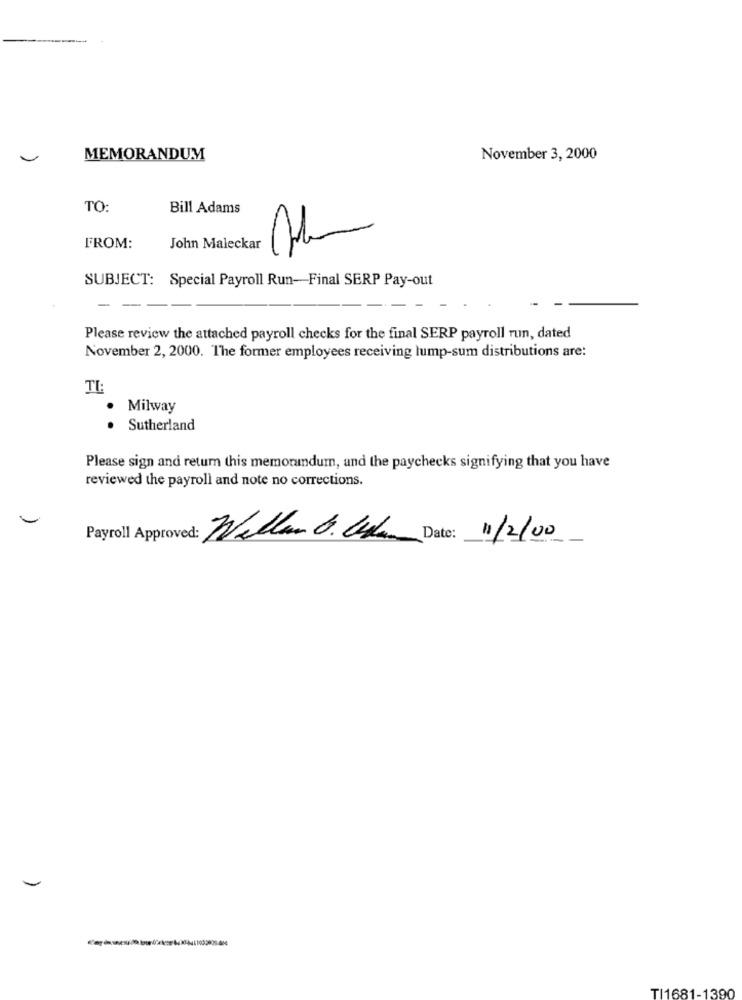
MEMORANDUM
November 3, 2000
TO:
Bill Adams
FROM:
John Maleckar
SUBJECT: Special Payroll Run-Final SERP Pay-out
-
Please review the attached payroll checks for the final SERP payroll run, dated
November 2, 2000. The former employees receiving lump-sum distributions are:
TI:
Milway
Sutherland
. .
Please sign and retum this memorandum, and the paychecks signifying that you have
reviewed the payroll and note no corrections.
Payroll Approved:
William B. Cela Date: 11/2/00
TI1681-1390